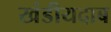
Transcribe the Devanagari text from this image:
खंडीयदाब